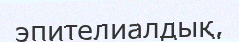
эпителиалдық,